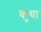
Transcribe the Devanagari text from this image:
कुंचा